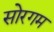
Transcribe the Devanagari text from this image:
सोरगम